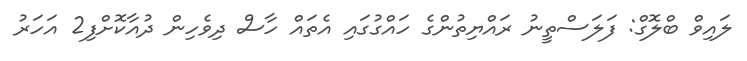
ލައިވް ބްލޮގް: ފަލަސްތީނު ރައްޔިތުންގެ ހައްގުގައި އެތައް ހާސް ދިވެހިން ދުއާކޮށްފި2 އަހަރު